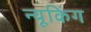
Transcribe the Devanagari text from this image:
न्यूकिंग